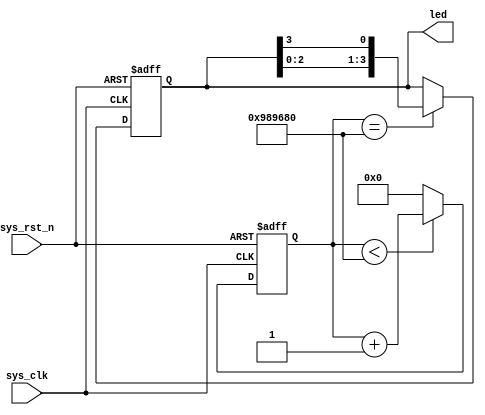
module flow_led(
	input sys_clk,			//
	input sys_rst_n,		//
	
	output reg[3:0] led		//LED
);

reg[23:0] counter;

//0.22s
always @(posedge sys_clk or negedge sys_rst_n) begin
	if (!sys_rst_n)
		counter <= 24'd0;
	else if (counter <24'd1000_0000)
		counter <= counter + 1'b1;
	else
		counter <= 24'd0;
end

always @(posedge sys_clk or negedge sys_rst_n) begin
	if (!sys_rst_n)
		led <= 4'b0001;						//0001
	else if(counter == 24'd1000_0000)
		led[3:0] <= {led[2:0], led[3]};		//[20][3]0001->0010
	else
		led <= led;
end

endmodule